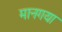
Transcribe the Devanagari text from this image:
मानगया